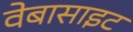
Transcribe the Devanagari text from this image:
वेबासाइट